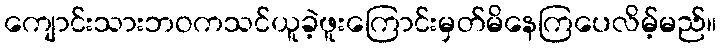
ကျောင်းသားဘဝကသင်ယူခဲ့ဖူးကြောင်းမှတ်မိနေကြပေလိမ့်မည်။